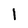
Character: l